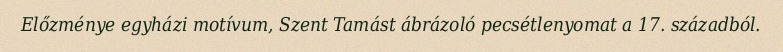
Előzménye egyházi motívum, Szent Tamást ábrázoló pecsétlenyomat a 17. századból.